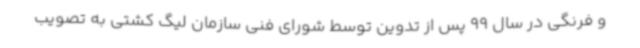
و فرنگی در سال 99 پس از تدوین توسط شورای فنی سازمان لیگ کشتی به تصویب